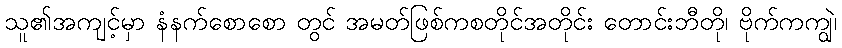
သူ၏အကျင့်မှာ နံနက်စောစော တွင် အမတ်ဖြစ်ကစတိုင်အတိုင်း တောင်းဘီတို၊ ဗိုက်ကကျွဲ၊